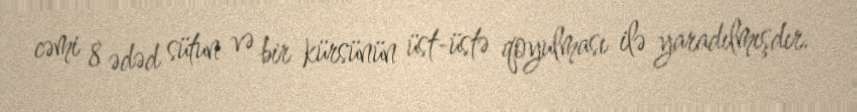
cəmi 8 ədəd sütun və bir kürsünün üst-üstə qoyulması ilə yaradılmışdır.